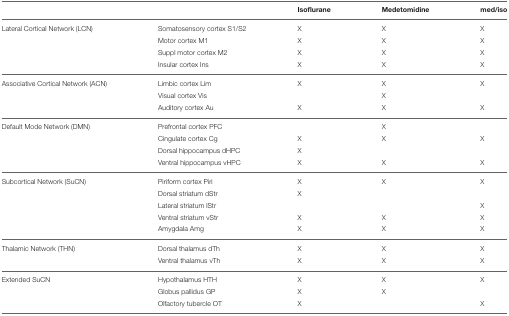
<table><thead><tr><td></td><td></td><td><b>Isoflurane</b></td><td><b>Medetomidine</b></td><td><b>med/iso</b></td></tr></thead><tbody><tr><td>Lateral Cortical Network (LCN)</td><td>Somatosensory cortex S1/S2</td><td>X</td><td>X</td><td>X</td></tr><tr><td></td><td>Motor cortex M1</td><td>X</td><td>X</td><td>X</td></tr><tr><td></td><td>Suppl motor cortex M2</td><td>X</td><td>X</td><td>X</td></tr><tr><td></td><td>Insular cortex Ins</td><td>X</td><td>X</td><td>X</td></tr><tr><td>Associative Cortical Network (ACN)</td><td>Limbic cortex Lim</td><td>X</td><td>X</td><td>X</td></tr><tr><td></td><td>Visual cortex Vis</td><td></td><td>X</td><td></td></tr><tr><td></td><td>Auditory cortex Au</td><td>X</td><td>X</td><td>X</td></tr><tr><td>Default Mode Network (DMN)</td><td>Prefrontal cortex PFC</td><td></td><td>X</td><td></td></tr><tr><td></td><td>Cingulate cortex Cg</td><td>X</td><td>X</td><td>X</td></tr><tr><td></td><td>Dorsal hippocampus dHPC</td><td>X</td><td></td><td></td></tr><tr><td></td><td>Ventral hippocampus vHPC</td><td>X</td><td>X</td><td>X</td></tr><tr><td>Subcortical Network (SuCN)</td><td>Piriform cortex Piri</td><td>X</td><td>X</td><td>X</td></tr><tr><td></td><td>Dorsal striatum dStr</td><td>X</td><td></td><td></td></tr><tr><td></td><td>Lateral striatum lStr</td><td></td><td></td><td>X</td></tr><tr><td></td><td>Ventral striatum vStr</td><td>X</td><td>X</td><td>X</td></tr><tr><td></td><td>Amygdala Amg</td><td>X</td><td>X</td><td>X</td></tr><tr><td>Thalamic Network (THN)</td><td>Dorsal thalamus dTh</td><td>X</td><td>X</td><td>X</td></tr><tr><td></td><td>Ventral thalamus vTh</td><td>X</td><td>X</td><td>X</td></tr><tr><td>Extended SuCN</td><td>Hypothalamus HTH</td><td>X</td><td>X</td><td>X</td></tr><tr><td></td><td>Globus pallidus GP</td><td>X</td><td>X</td><td></td></tr><tr><td></td><td>Olfactory tubercle OT</td><td>X</td><td></td><td>X</td></tr></tbody></table>